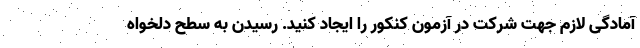
آمادگی لازم جهت شرکت در آزمون کنکور را ایجاد کنید. رسیدن به سطح دلخواه